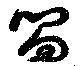
嚮